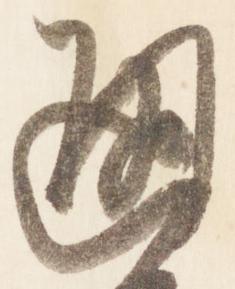
通